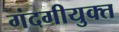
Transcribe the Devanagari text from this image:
गंदगीयुक्त